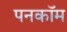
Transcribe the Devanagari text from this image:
पनकॉम